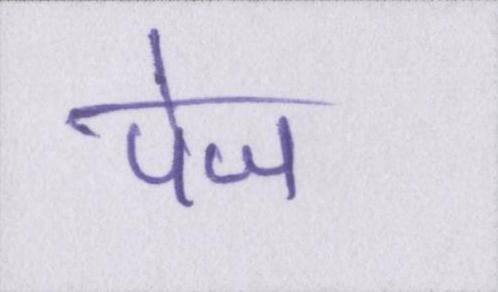
पेज